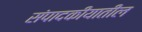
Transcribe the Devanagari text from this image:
संपादकीयातील